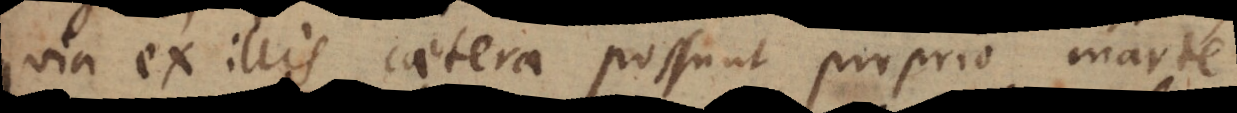
quia ex illis caetera possunt proprio marte